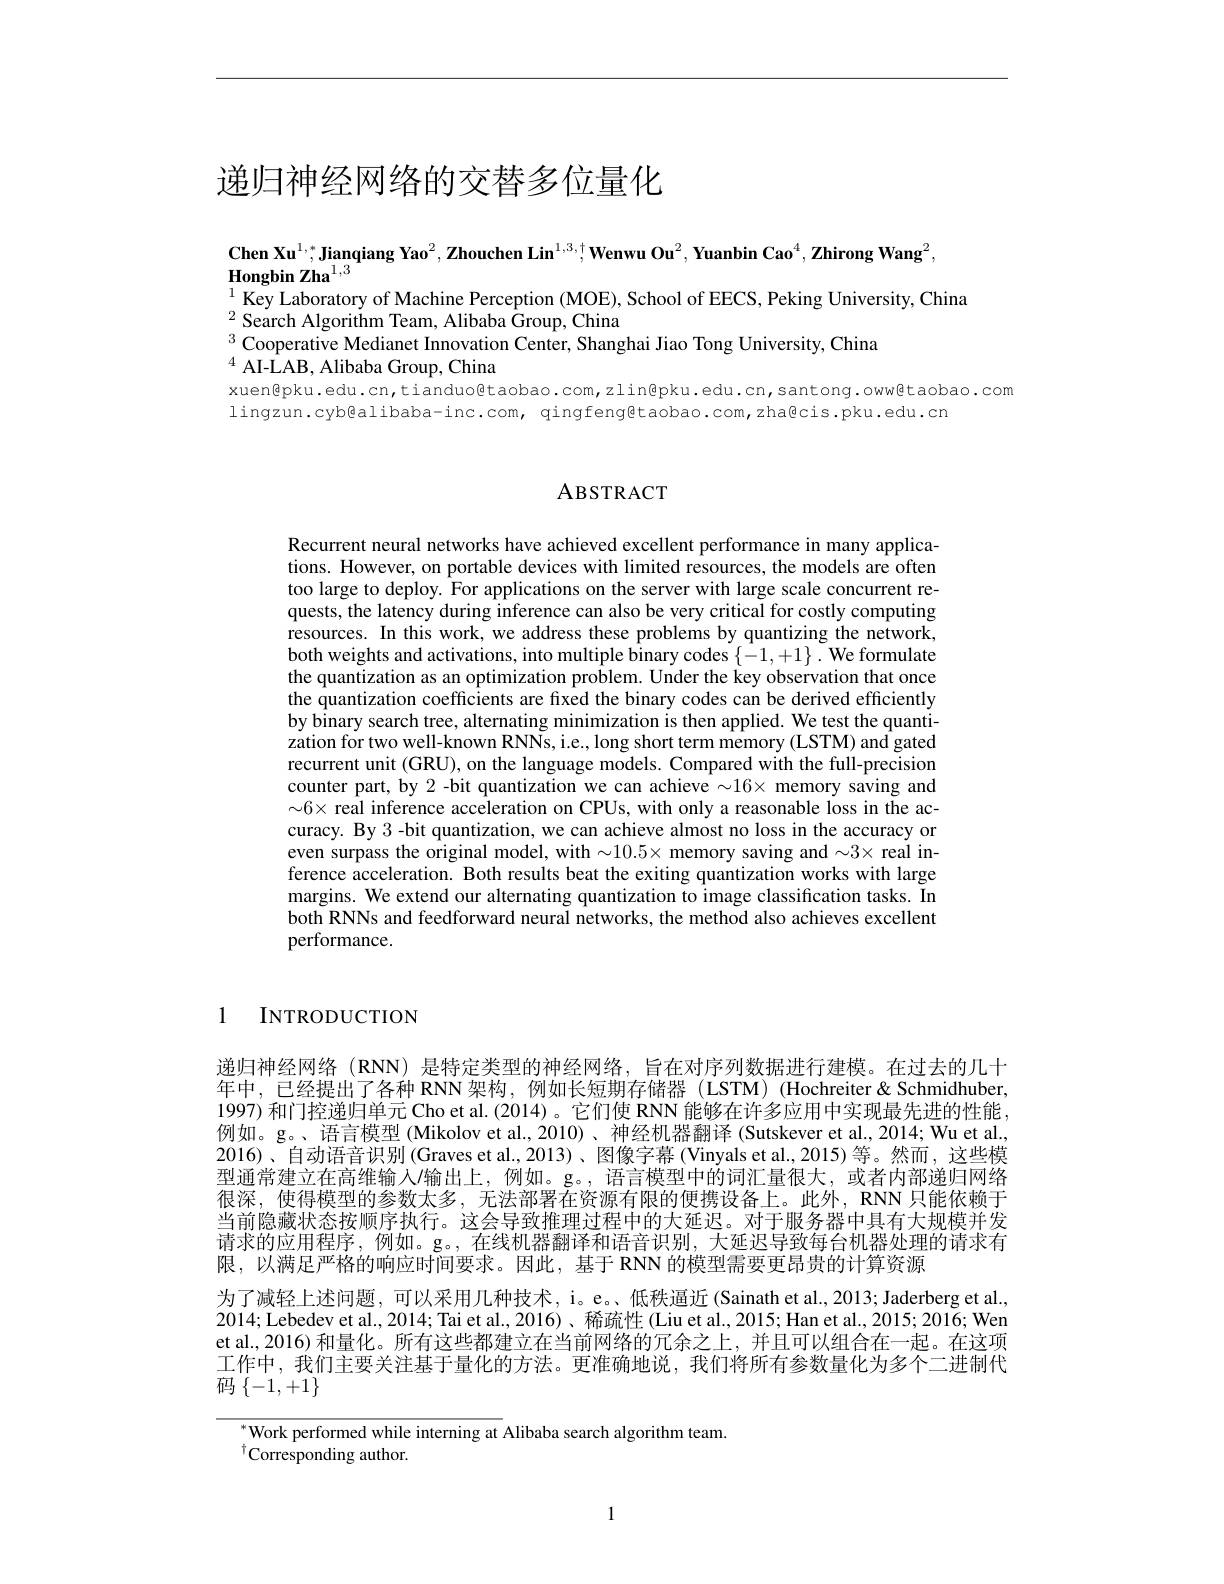
# 递归神经网络的交替多位量化

$\textbf{Chen Xu}^{1,*},\textbf{Jianqiang Yao}^2,\textbf{Zhouchen Lin}^{1,3,\dagger},\textbf{Wenwu Ou}^2,\textbf{Yuanbin Cao}^4,\textbf{Zhirong Wang}^2$,

Hongbin Zha$^{1,3}$
$^{1}$ Key Laboratory of Machine Perception (MOE), School of EECS, Peking University, China
$^{2}\tilde{\text{Search Algorithm Team, Alibaba Group, China}}$
$^3$ Cooperative Medianet Innovation Center, Shanghai Jiao Tong University, China
$^{4}{\text{ AI-LAB, Alibaba Group, China}}$

xuengpku.edu.cn,tianduo@taobao.com,zlin@pku.edu.cn,santong.oww@taobao.com
lingzun.cyb@alibaba-inc.com, qingfeng@taobao.com,zha@cis.pku.edu.cn

ABSTRACT

Recurrent neural networks have achieved excellent performance in many applications. However, on portable devices with limited resources, the models are often too large to deploy. For applications on the server with large scale concurrent requests, the latency during inference can also be very critical for costly computing resources. In this work, we address these problems by quantizing the network, both weights and activations, into multiple binary codes $\{-1,+1\}.$ We formulate the quantization as an optimization problem. Under the key observation that once the quantization coefficients are fixed the binary codes can be derived efficiently by binary search tree, alternating minimization is then applied. We test the quantization for two well-known RNNs, i.e., long short term memory (LSTM) and gated recurrent unit (GRU), on the language models. Compared with the full-precision counter part, by 2 -bit quantization we can achieve $\sim16\times$ memory saving and $\sim6\times$ real inference acceleration on CPUs, with only a reasonable loss in the accuracy. By 3 -bit quantization, we can achieve almost no loss in the accuracy or even surpass the original model, with $\sim10.5\times$ memory saving and $\sim3\times$ real inference acceleration. Both results beat the exiting quantization works with large margins. We extend our alternating quantization to image classification tasks. In both RNNs and feedforward neural networks, the method also achieves excellent performance.

1 INTRODUCTION

递归神经网络 (RNN) 是特定类型的神经网络，旨在对序列数据进行建模。在过去的几十年中，已经提出了各种 RNN 架构，例如长短期存储器 (LSTM) (Hochreiter&Schmidhuber, 1997) 和门控递归单元 Cho et al. (2014)。它们使 RNN 能够在许多应用中实现最先进的性能， 例如。g。、语言模型(Mikolov et al.,2010)、神经机器翻译(Sutskever et al.,2014; Wu et al., 2016)、自动语音识别(Graves et al.,2013)、图像字幕 (Vinyals et al.,2015)等。然而，这些模型通常建立在高维输入/输出上，例如。g。,语言模型中的词汇量很大，或者内部递归网络很深，使得模型的参数太多，无法部署在资源有限的便携设备上。此外，RNN 只能依赖于当前隐藏状态按顺序执行。这会导致推理过程中的大延迟。对于服务器中具有大规模并发请求的应用程序，例如。g。,在线机器翻译和语音识别，大延迟导致每台机器处理的请求有限，以满足严格的响应时间要求。因此，基于 RNN 的模型需要更昂贵的计算资源
为了减轻上述问题，可以采用几种技术，i。e。、低秩逼近(Sainath et al.,2013; Jaderberg et al., 2014; Lebedev et al., 2014; Tai et al., 2016)、稀疏性 (Liu et al., 2015; Han et al., 2015; 2016; Wen et al., 2016) 和量化。所有这些都建立在当前网络的冗余之上，并且可以组合在一起。在这项工作中，我们主要关注基于量化的方法。更准确地说，我们将所有参数量化为多个二进制代码$\left\{-1,+1\right\}$

${}^{*}{\mathrm{Work~performed~while~interning~at~Alibaba~search~algorithm~team}}$
$^{\dagger}$Corresponding author.

1